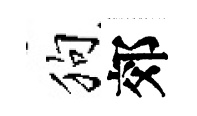
狗郊